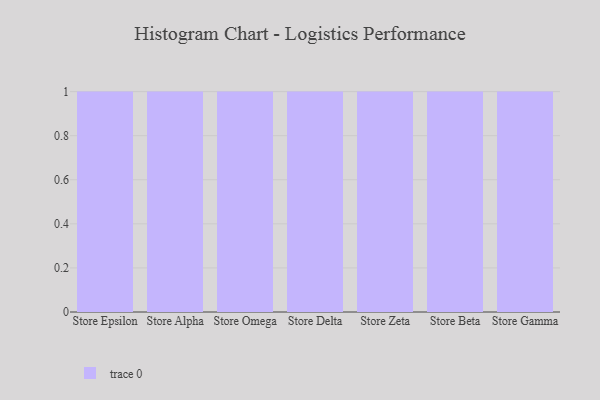
{"axis": {"x": "Store", "y": "Market Share (%)"}, "legend": [""], "data": [{"x": "Store Epsilon", "y": 85, "type": ""}, {"x": "Store Alpha", "y": 23, "type": ""}, {"x": "Store Omega", "y": 93, "type": ""}, {"x": "Store Delta", "y": 98, "type": ""}, {"x": "Store Zeta", "y": 27, "type": ""}, {"x": "Store Beta", "y": 3, "type": ""}, {"x": "Store Gamma", "y": 69, "type": ""}]}